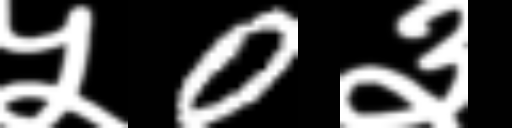
Text: ५0३